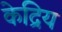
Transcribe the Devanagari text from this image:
केद्रिय